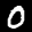
Label: 0